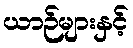
ယာဉ်များနှင့်